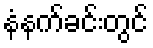
နံနက်ခင်းတွင်